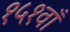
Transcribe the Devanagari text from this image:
१५१वाँ